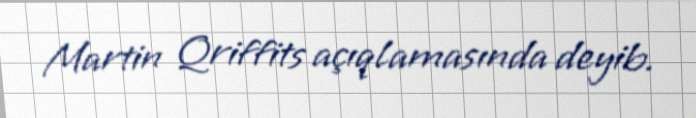
Martin Qriffits açıqlamasında deyib.